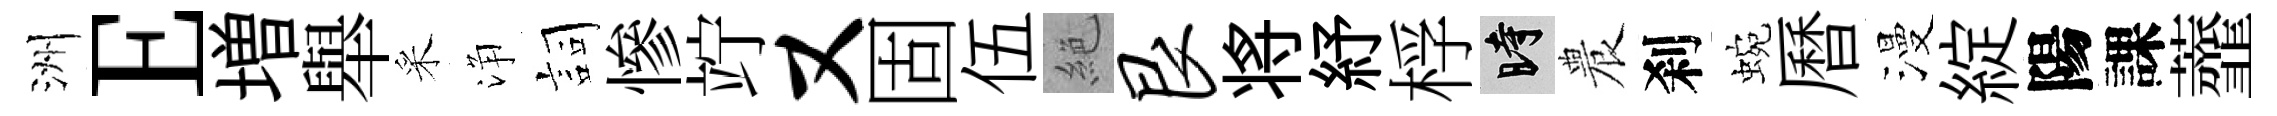
洲E増舉采浄詞慘竚又固伍絶艮将紓桴时農刹蜿曆漫綻陽課虀